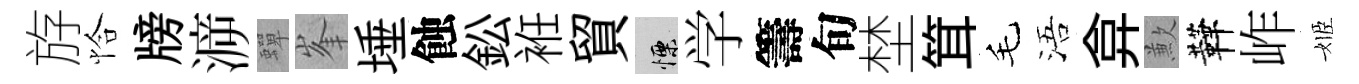
斿恰牓㴑蟬峯埵蝕鈆袵貿慄学籌旬埜䇯毛浯弇歉鞾岞姬